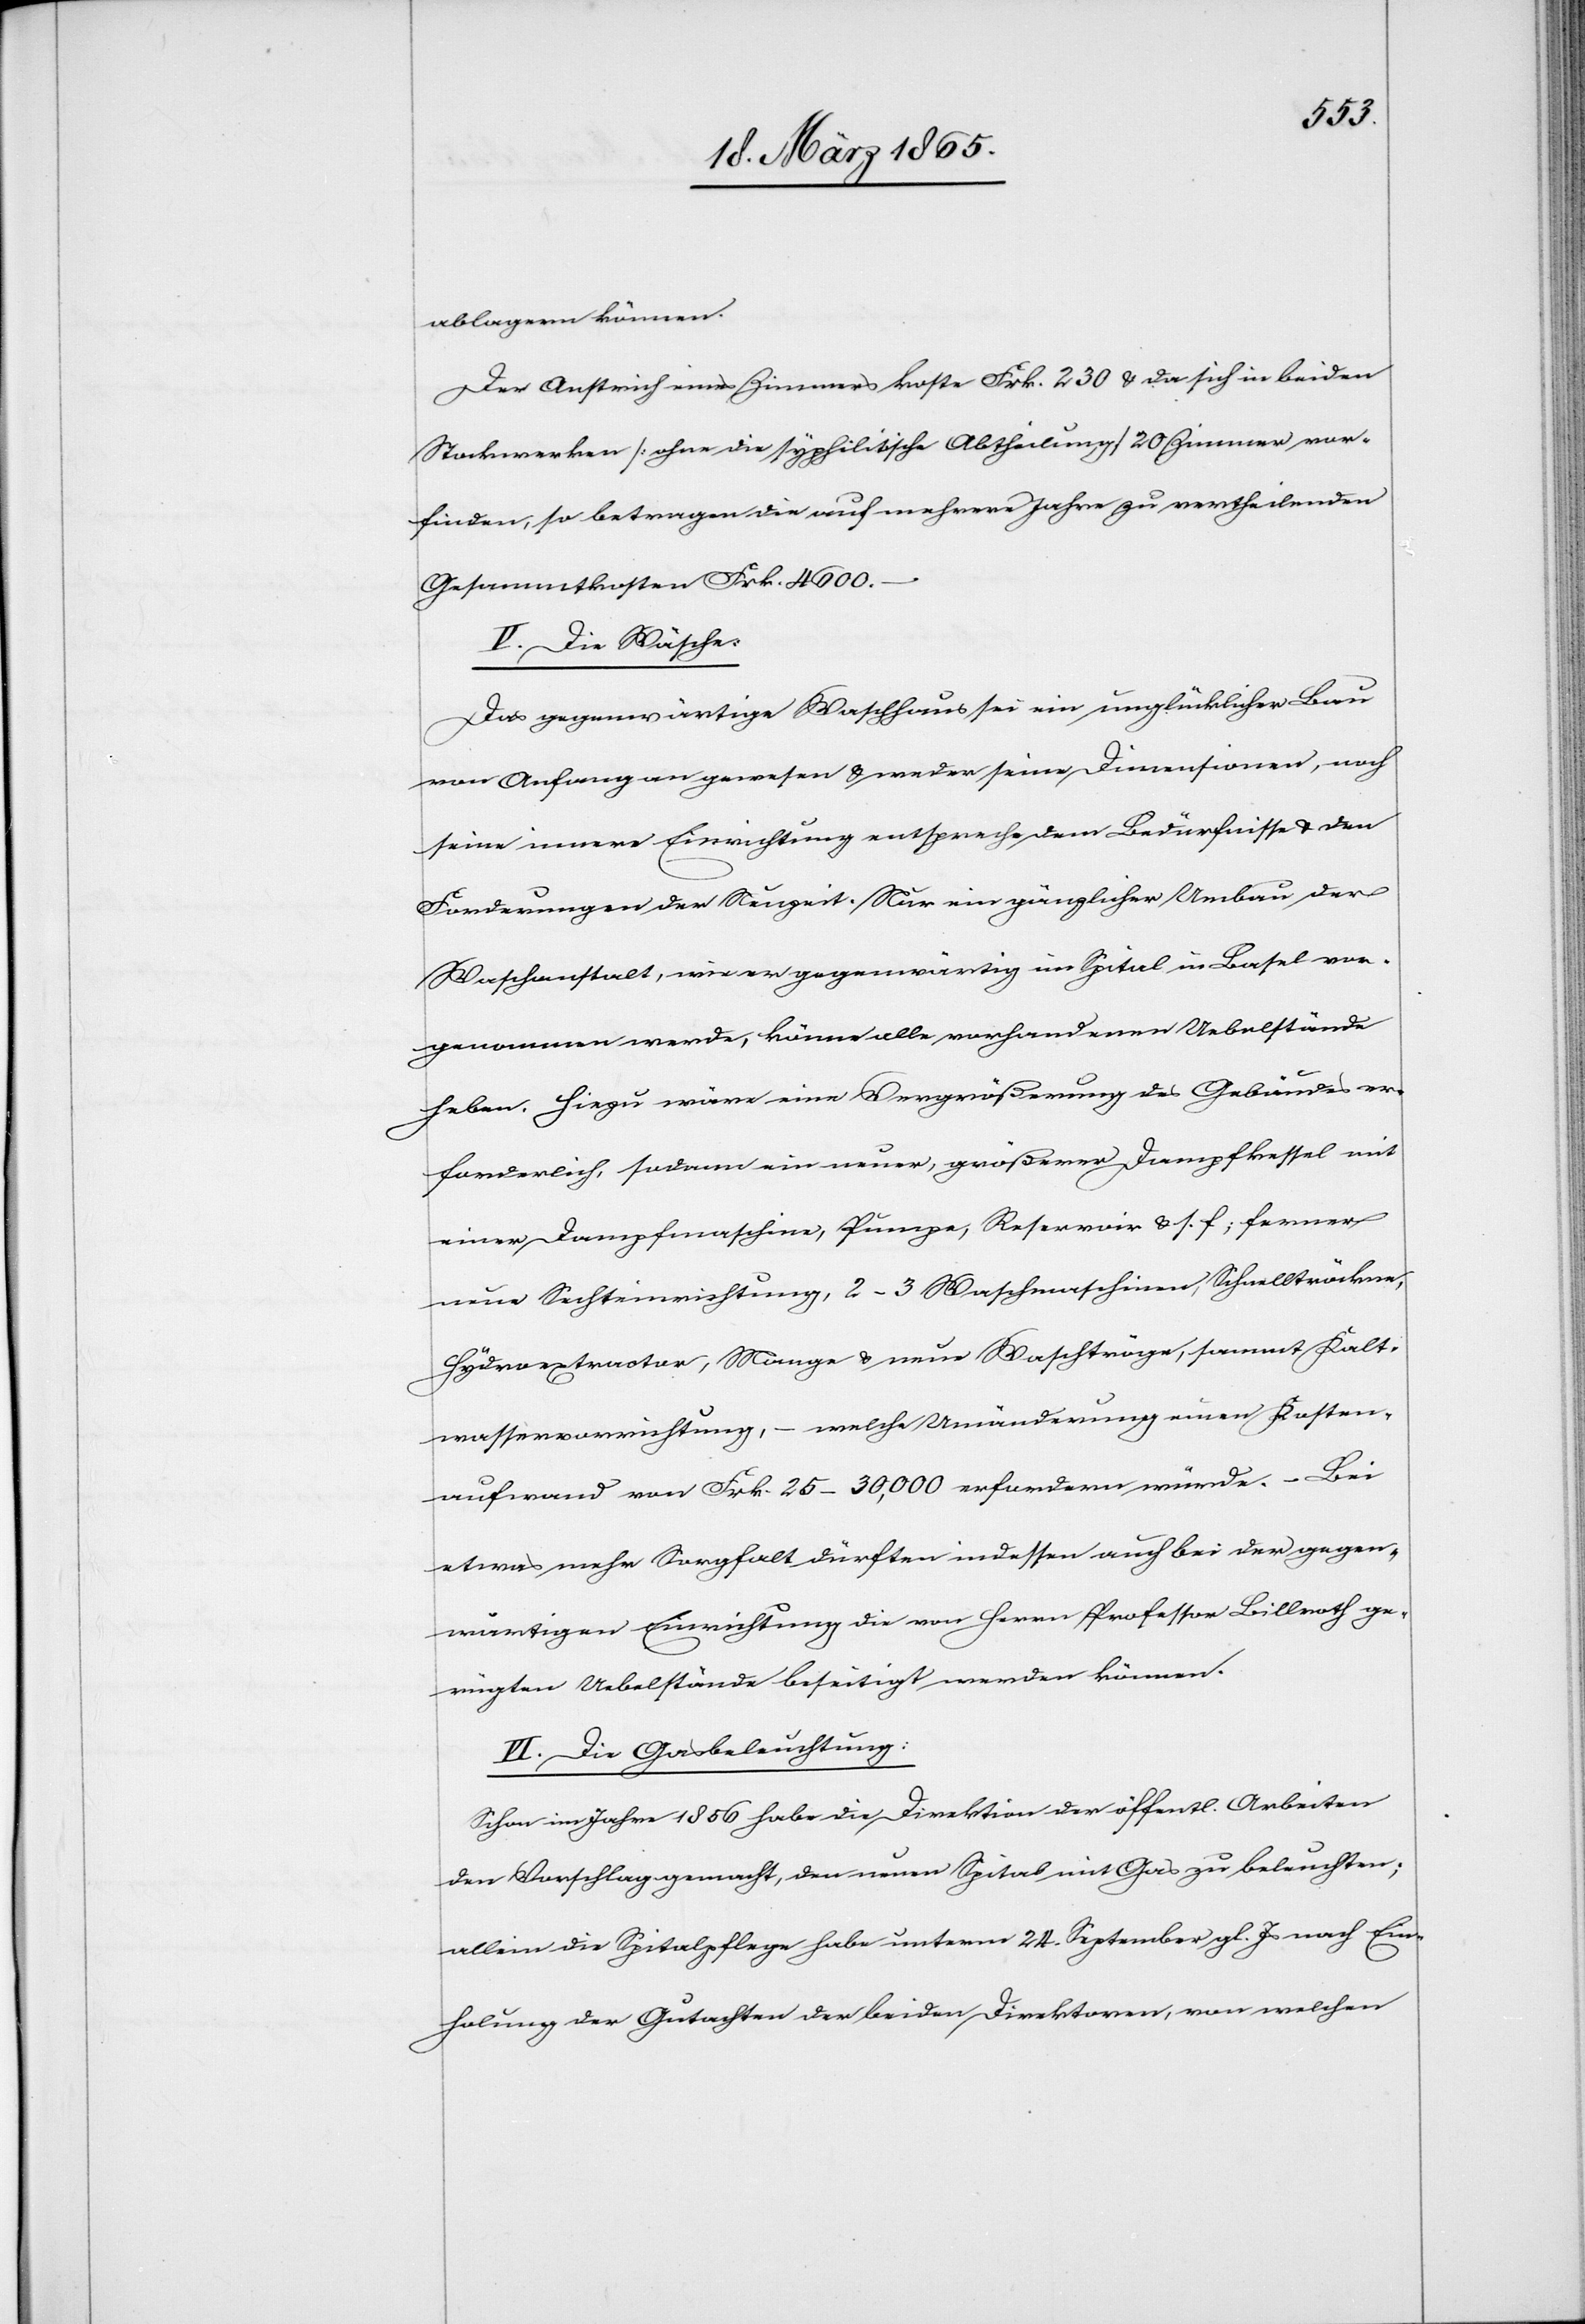
ablagern können.
Der Anstrich eines Zimmers koste Frk. 230 & da sich in beiden
Stockwerken [ohne die syphilitische Abtheilung] 20 Zimmer vor¬
finden, so betragen die auf mehrere Jahre zu vertheilenden
Gesammtkosten Frk. 4600.
V. Die Wäsche:
Das gegenwärtige Waschhaus sei ein unglücklicher Bau
von Anfang an gewesen & weder seine Dimensionen, noch
seine innere Einrichtung entspreche dem Bedürfnisse & den
Forderungen der Neuzeit. Nur ein gänzlicher Umbau der
Waschanstalt, wie er gegenwärtig im Spital in Basel vor¬
genommen werde, könne alle vorhandenen Uebelstände
heben. Hiezu wäre eine Vergrößerung des Gebäudes er¬
forderlich, sodann ein neuer, größerer Dampfkessel mit
einer Dampfmaschine, Pumpe, Reservoir & s. f; ferner
neue Sechteinrichtung, 2–3 Waschmaschinen, Schalltröckne,
Hydroextractor, Mange u. neue Waschtröge, sammt Kalt¬
wasservorrichtung, – welche Umänderung einen Kosten¬
aufwand von Frk. 25–30,000 erfordern würde. – Bei
etwas mehr Sorgfalt dürften indessen auch bei der gegen¬
wärtigen Einrichtung die von Herrn Professor Billroth ge¬
rügten Uebelstände beseitigt werden können.
VI. Die Gasbeleuchtung:
Schon im Jahre 1856 habe die Direktion der öffentl. Arbeiten
den Vorschlag gemacht, den neuen Spital mit Gas zu beleuchten;
allein die Spitalpflege habe unterm 24. September gl. Js nach Ein¬
holung der Gutachten der beiden Direktoren, von welchen